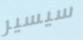
سيسير